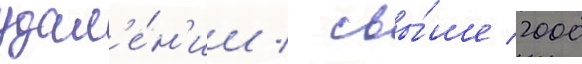
удал'е́н'ии / свы́ше 2000